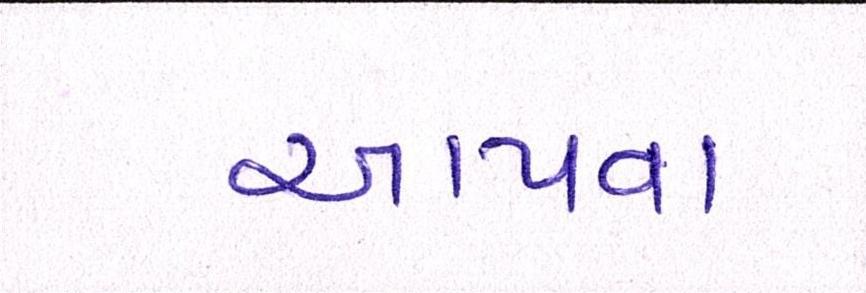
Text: આપવા